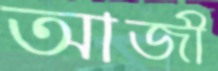
আজী